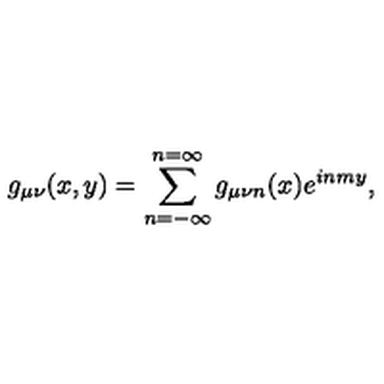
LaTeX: g _ { \mu \nu } ( x , y ) = \sum _ { n = - \infty } ^ { n = \infty } g _ { \mu \nu n } ( x ) e ^ { i n m y } ,